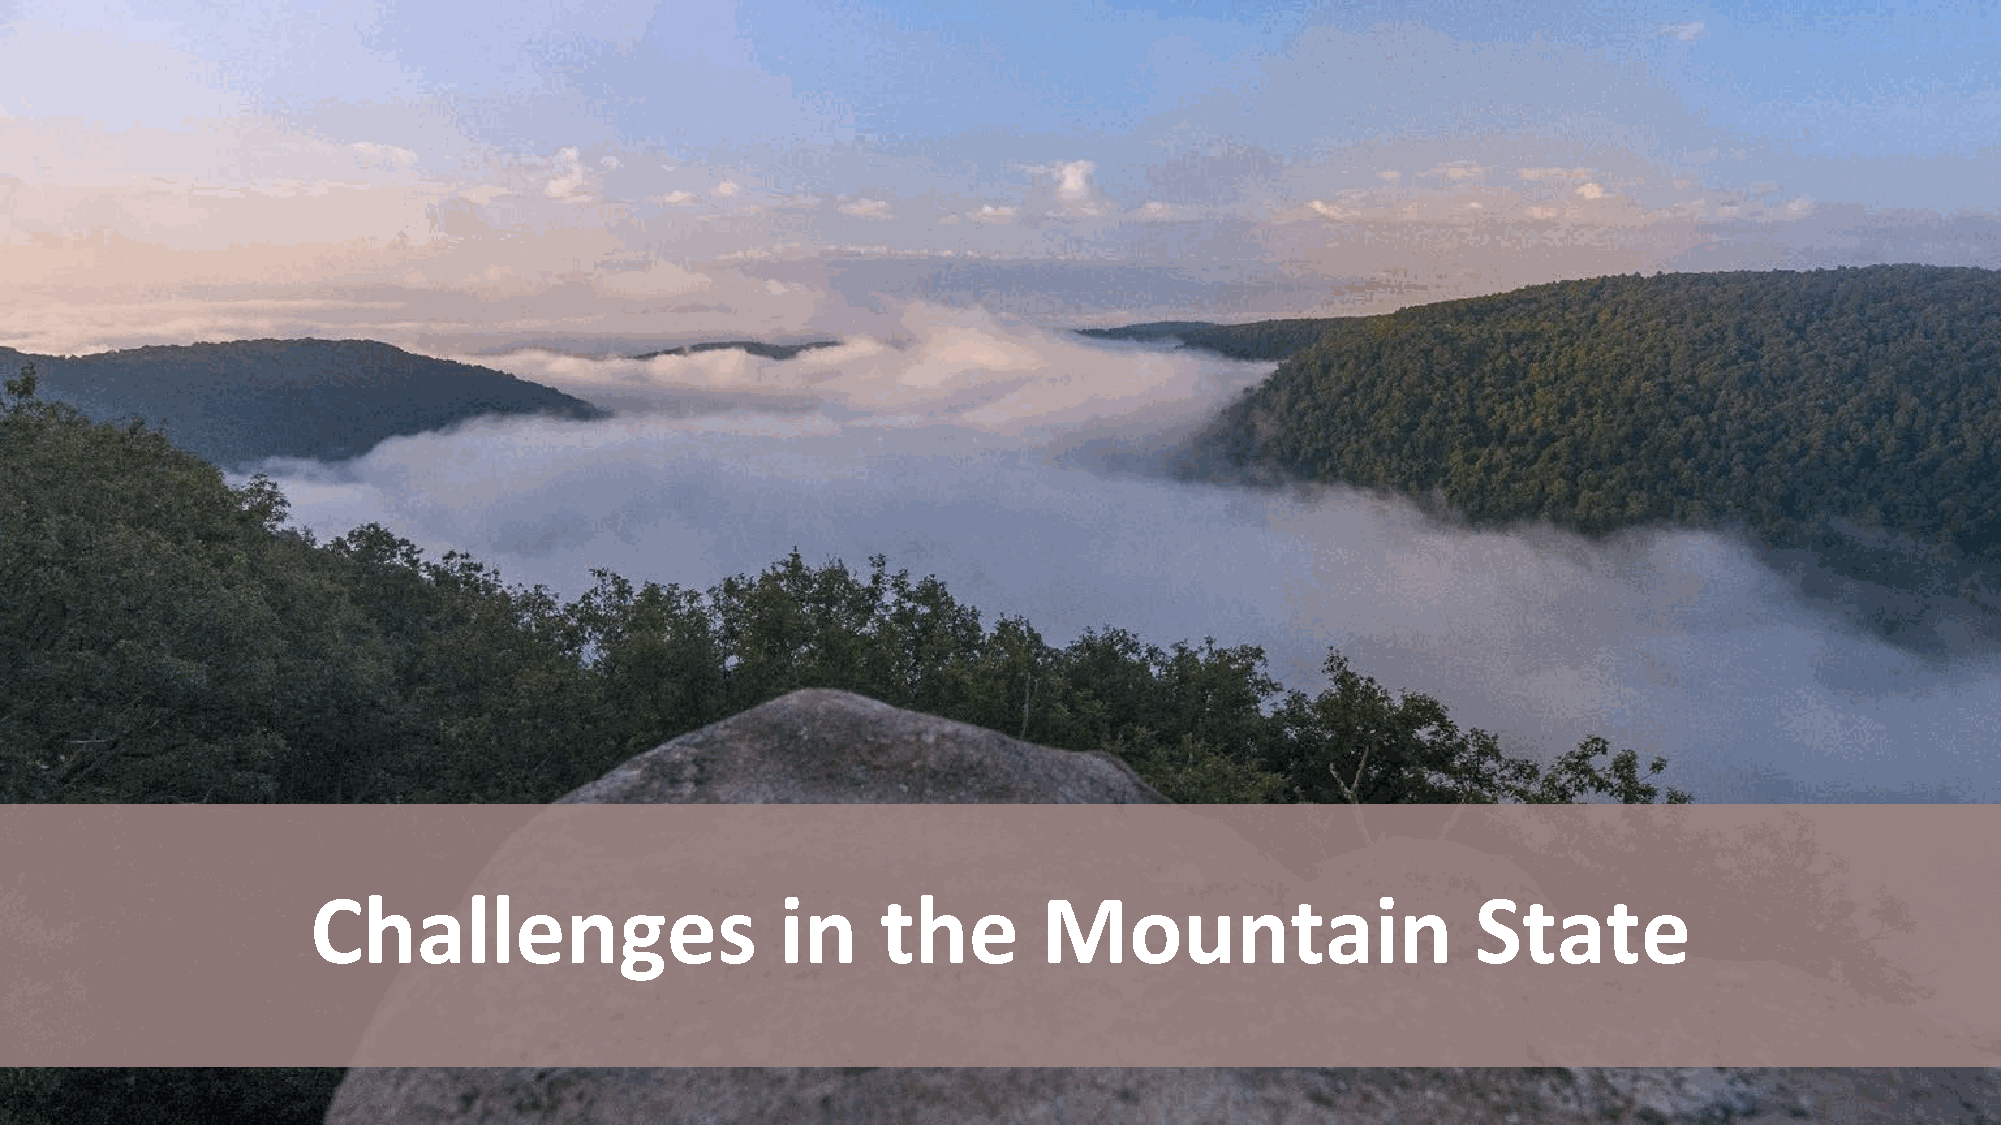
Challenges                     in    the        Mountain                     State